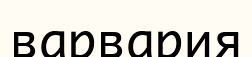
варвария